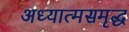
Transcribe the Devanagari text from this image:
अध्यात्मसमृद्ध